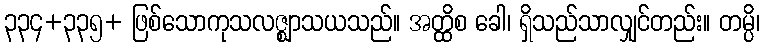
၃၃၄+၃၃၅+ ဖြစ်သောကုသလဇ္ဈာသယသည်။ အတ္ထိစ ခေါ၊ ရှိသည်သာလျှင်တည်း။ တမ္ပိ၊